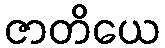
ဇာတိယေ